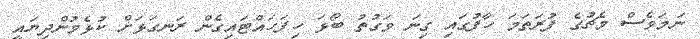
ނަމަވެސް މެޗުގެ ފުރަތަމަ ހާފުގައި ގިނަ ވަގުތު ބޯޅަ ހިފަހައްޓައިގެން ރަނގަޅަށް ކުޅެމުންދިޔައީ